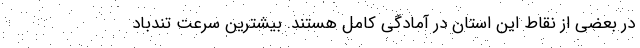
در بعضی از نقاط این استان در آمادگی کامل هستند. بیشترین سرعت تندباد